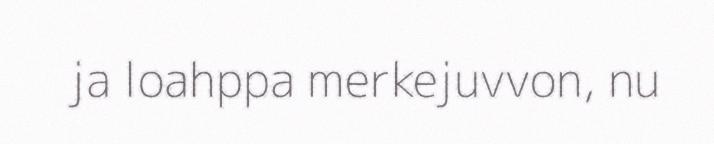
ja loahppa merkejuvvon, nu